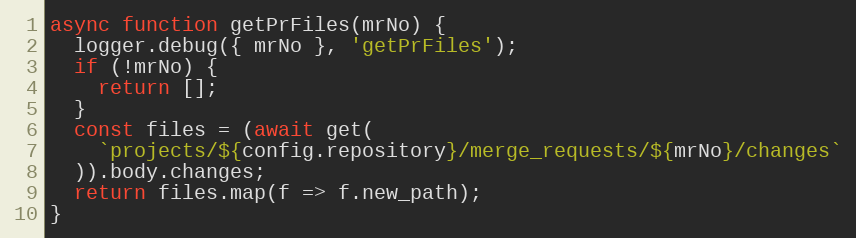
Language: JavaScript
async function getPrFiles(mrNo) {
  logger.debug({ mrNo }, 'getPrFiles');
  if (!mrNo) {
    return [];
  }
  const files = (await get(
    `projects/${config.repository}/merge_requests/${mrNo}/changes`
  )).body.changes;
  return files.map(f => f.new_path);
}